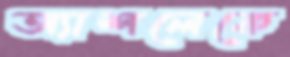
অ্যাশলেকে